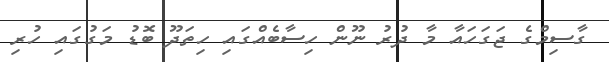
ގާސިމްގެ ޖަގަހައާ މާ ދުރު ނޫން ހިސާބެއްގައި ހިތަދޫ ބޮޑު މަގުގައި ހުރި